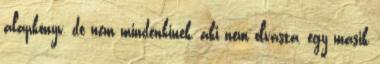
alapkönyv, de nem mindenkinek, aki nem olvasta, egy másik